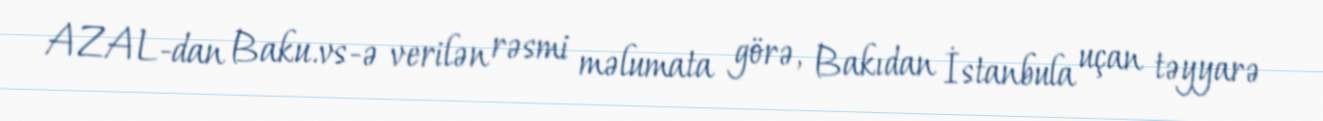
AZAL-dan Baku.vs-ə verilən rəsmi məlumata görə, Bakıdan İstanbula uçan təyyarə